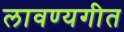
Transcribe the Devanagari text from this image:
लावण्यगीत